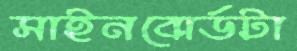
সাইনবোর্ডটা